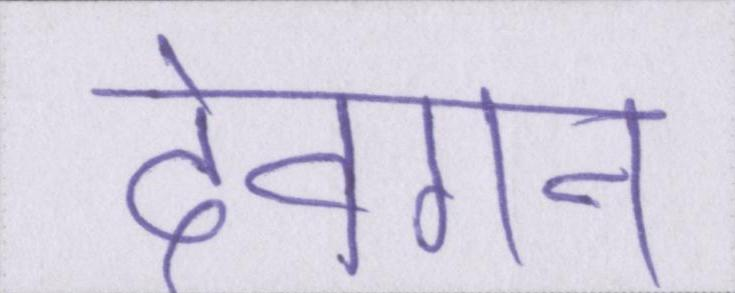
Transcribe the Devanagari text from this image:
देवगन